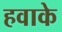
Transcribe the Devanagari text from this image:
हवाके